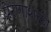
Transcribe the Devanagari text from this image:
प्रेरणाशक्ती